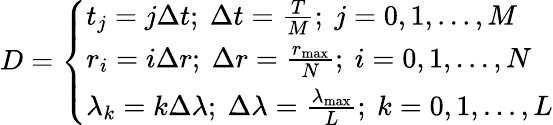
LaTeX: D=\left\{ \begin{array}{ll}{t_{j}=j\Delta t;\ \Delta t=\frac{T}{M};\ j=0,1,...,M}\\ {r_{i}=i\Delta r;\ \Delta r=\frac{r_{\operatorname*{max}}}{N};\ i=0,1,...,N}\\ {\lambda_{k}=k\Delta\lambda;\ \Delta\lambda=\frac{\lambda_{\operatorname*{max}}}{L};\ k=0,1,...,L}\end{array}\right.